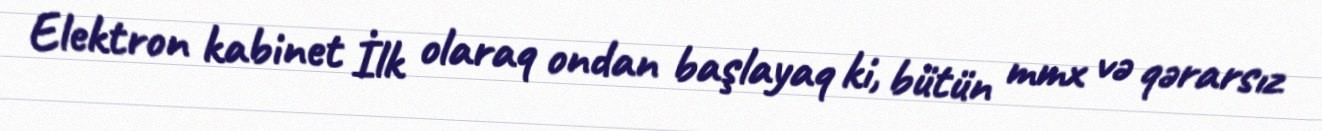
Elektron kabinet İlk olaraq ondan başlayaq ki, bütün mmx və qərarsız